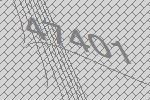
47401